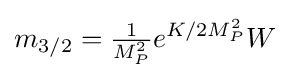
m_{3/2}={\tfrac {1}{M_{P}^{2}}}e^{K/2M_{P}^{2}}W